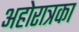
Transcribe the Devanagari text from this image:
अहोरात्रका